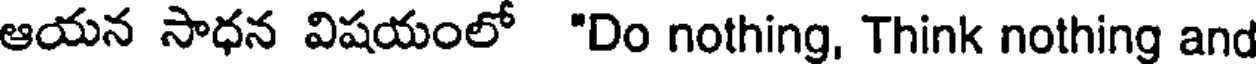
ఆయన సాధన విషయంలో "Do nothing, Think nothing and